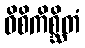
ဝိစိကိစ္ဆိတံ